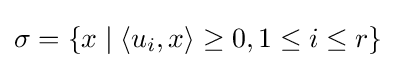
\sigma =\{x\mid \langle u_{i},x\rangle \geq 0,1\leq i\leq r\}